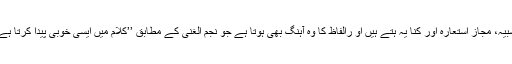
صناعی میں بیان کی وہ نزاکتیں بھی ہوتی ہیں جنہیں تشبیہ، مجاز استعارہ اور کنا یہ ہتے ہیں او رالفاظ کا وہ آہنگ بھی ہوتا ہے جو نجم الغنی کے مطابق ’’کلام میں ایسی خوبی پیدا کرتا ہے کہ کانوں کو بھلا معلوم ہو اور دل میں اثر کر جائے‘۔